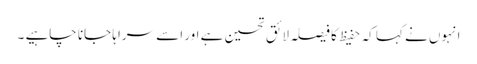
انہوں نے کہا کہ حفیظ کا فیصلہ لائق تحسین ہے اور اسے سراہا جانا چاہیے ۔